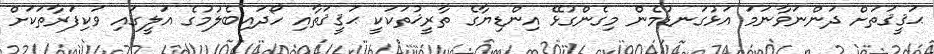
ޙަޤީޤަތަށް ދަންނަވާނަމަ އަޅުގަނޑުމެން މިގެންގުޅޭ އިންޑިޔާގެ ތާރީޚުތަކަކީ ޙަޤީޤަތާއި ހޯދައިބެލުމުގެ އަލީގައި ވަކިފަރާތަކަށް